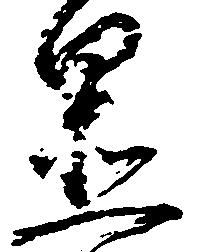
置